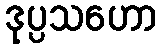
ဒုပ္ပသဟော